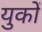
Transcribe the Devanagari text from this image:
युकों